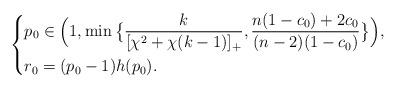
LaTeX: \begin{align*} \left\{ \begin{aligned} &p_0\in\Big(1,\min\big\{\frac{k}{[\chi^2+\chi(k-1)]_+}, \frac{n(1-c_0)+2c_0}{(n-2)(1-c_0)}\big\}\Big),\\ &r_0=(p_0-1)h(p_0). \end{aligned} \right. \end{align*}